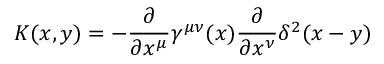
K ( x , y ) = - \frac { \partial } { \partial x ^ { \mu } } \gamma ^ { \mu \nu } ( x ) \frac { \partial } { \partial x ^ { \nu } } \delta ^ { 2 } ( x - y )